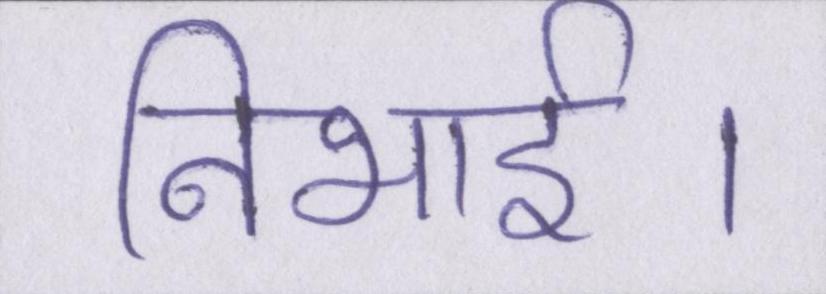
निभाई।